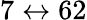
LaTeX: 7\leftrightarrow 62